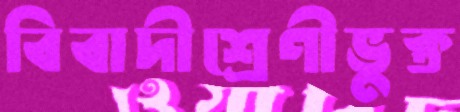
বিবাদীশ্রেণীভুক্ত